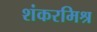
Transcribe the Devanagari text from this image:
शंकरमिश्र